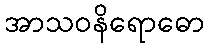
အာသဝနိရောဓော